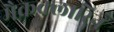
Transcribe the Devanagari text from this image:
मैकक्लारिन